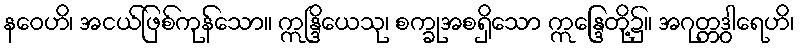
နဝေဟိ၊ အငယ်ဖြစ်ကုန်သော။ ဣန္ဒြိယေသု၊ စက္ခုအစရှိသော ဣန္ဒြေတို့၌။ အဂုတ္တဒွါရေဟိ၊